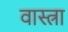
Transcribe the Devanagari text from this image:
वास्त्रा